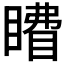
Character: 𰥽